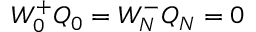
W _ { 0 } ^ { + } Q _ { 0 } = W _ { N } ^ { - } Q _ { N } = 0